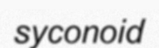
syconoid